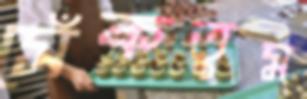
সেঁকতুম